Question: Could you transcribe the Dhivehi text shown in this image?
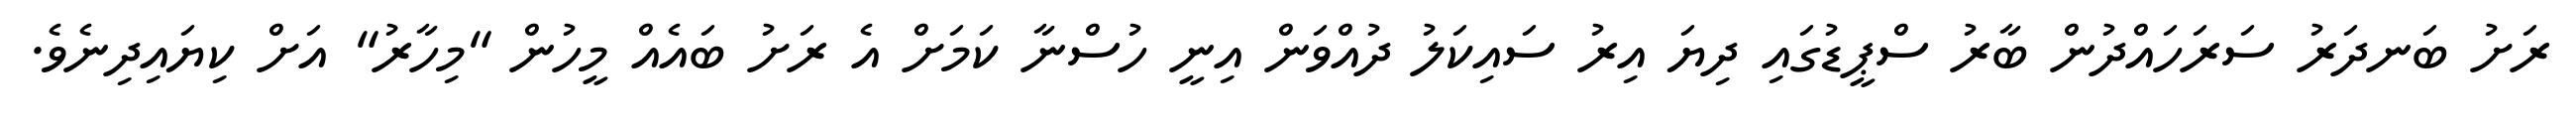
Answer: ރަށު ބަނދަރު ސަރަހައްދުން ބާރު ސްޕީޑުގައި ދިޔަ އިރު ސައިކަލު ދުއްވަން އިނީ ހުސްނާ ކަމަށް އެ ރަށު ބައެއް މީހުން "މިހާރު" އަށް ކިޔައިދިނެވެ.